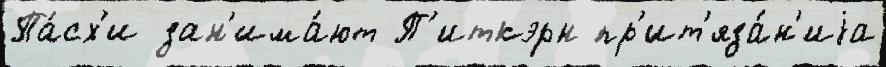
Па́сх'и зан'има́ют П'иткэрн пр'ит'яза́н'иjа